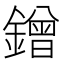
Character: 鏳